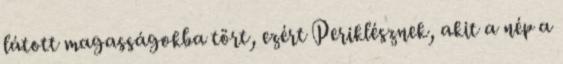
látott magasságokba tört, ezért Periklésznek, akit a nép a